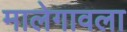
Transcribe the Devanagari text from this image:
मालेगावला